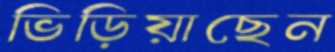
ভিড়িয়াছেন